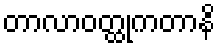
တာလာဝတ္ထုကတာနိ